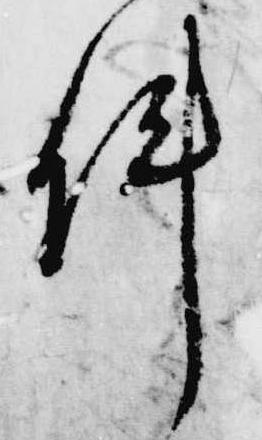
件